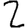
Digit: 2